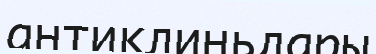
антиклиньдары